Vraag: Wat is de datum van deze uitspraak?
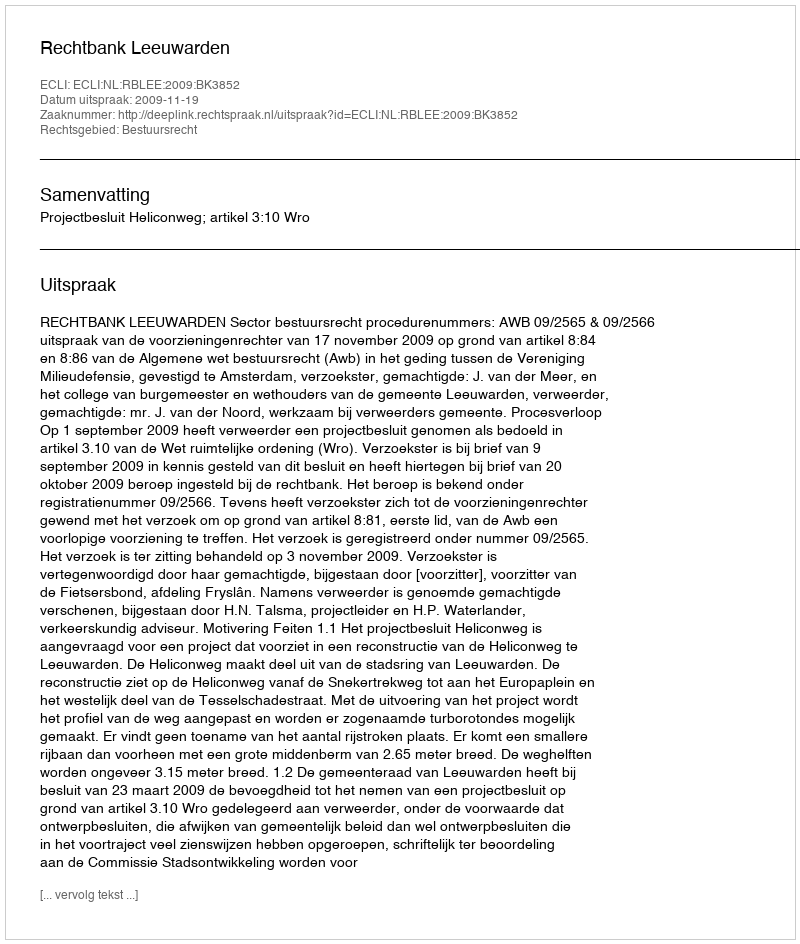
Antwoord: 2009-11-19